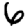
Digit: 6